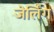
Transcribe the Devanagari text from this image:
जेर्लिंग